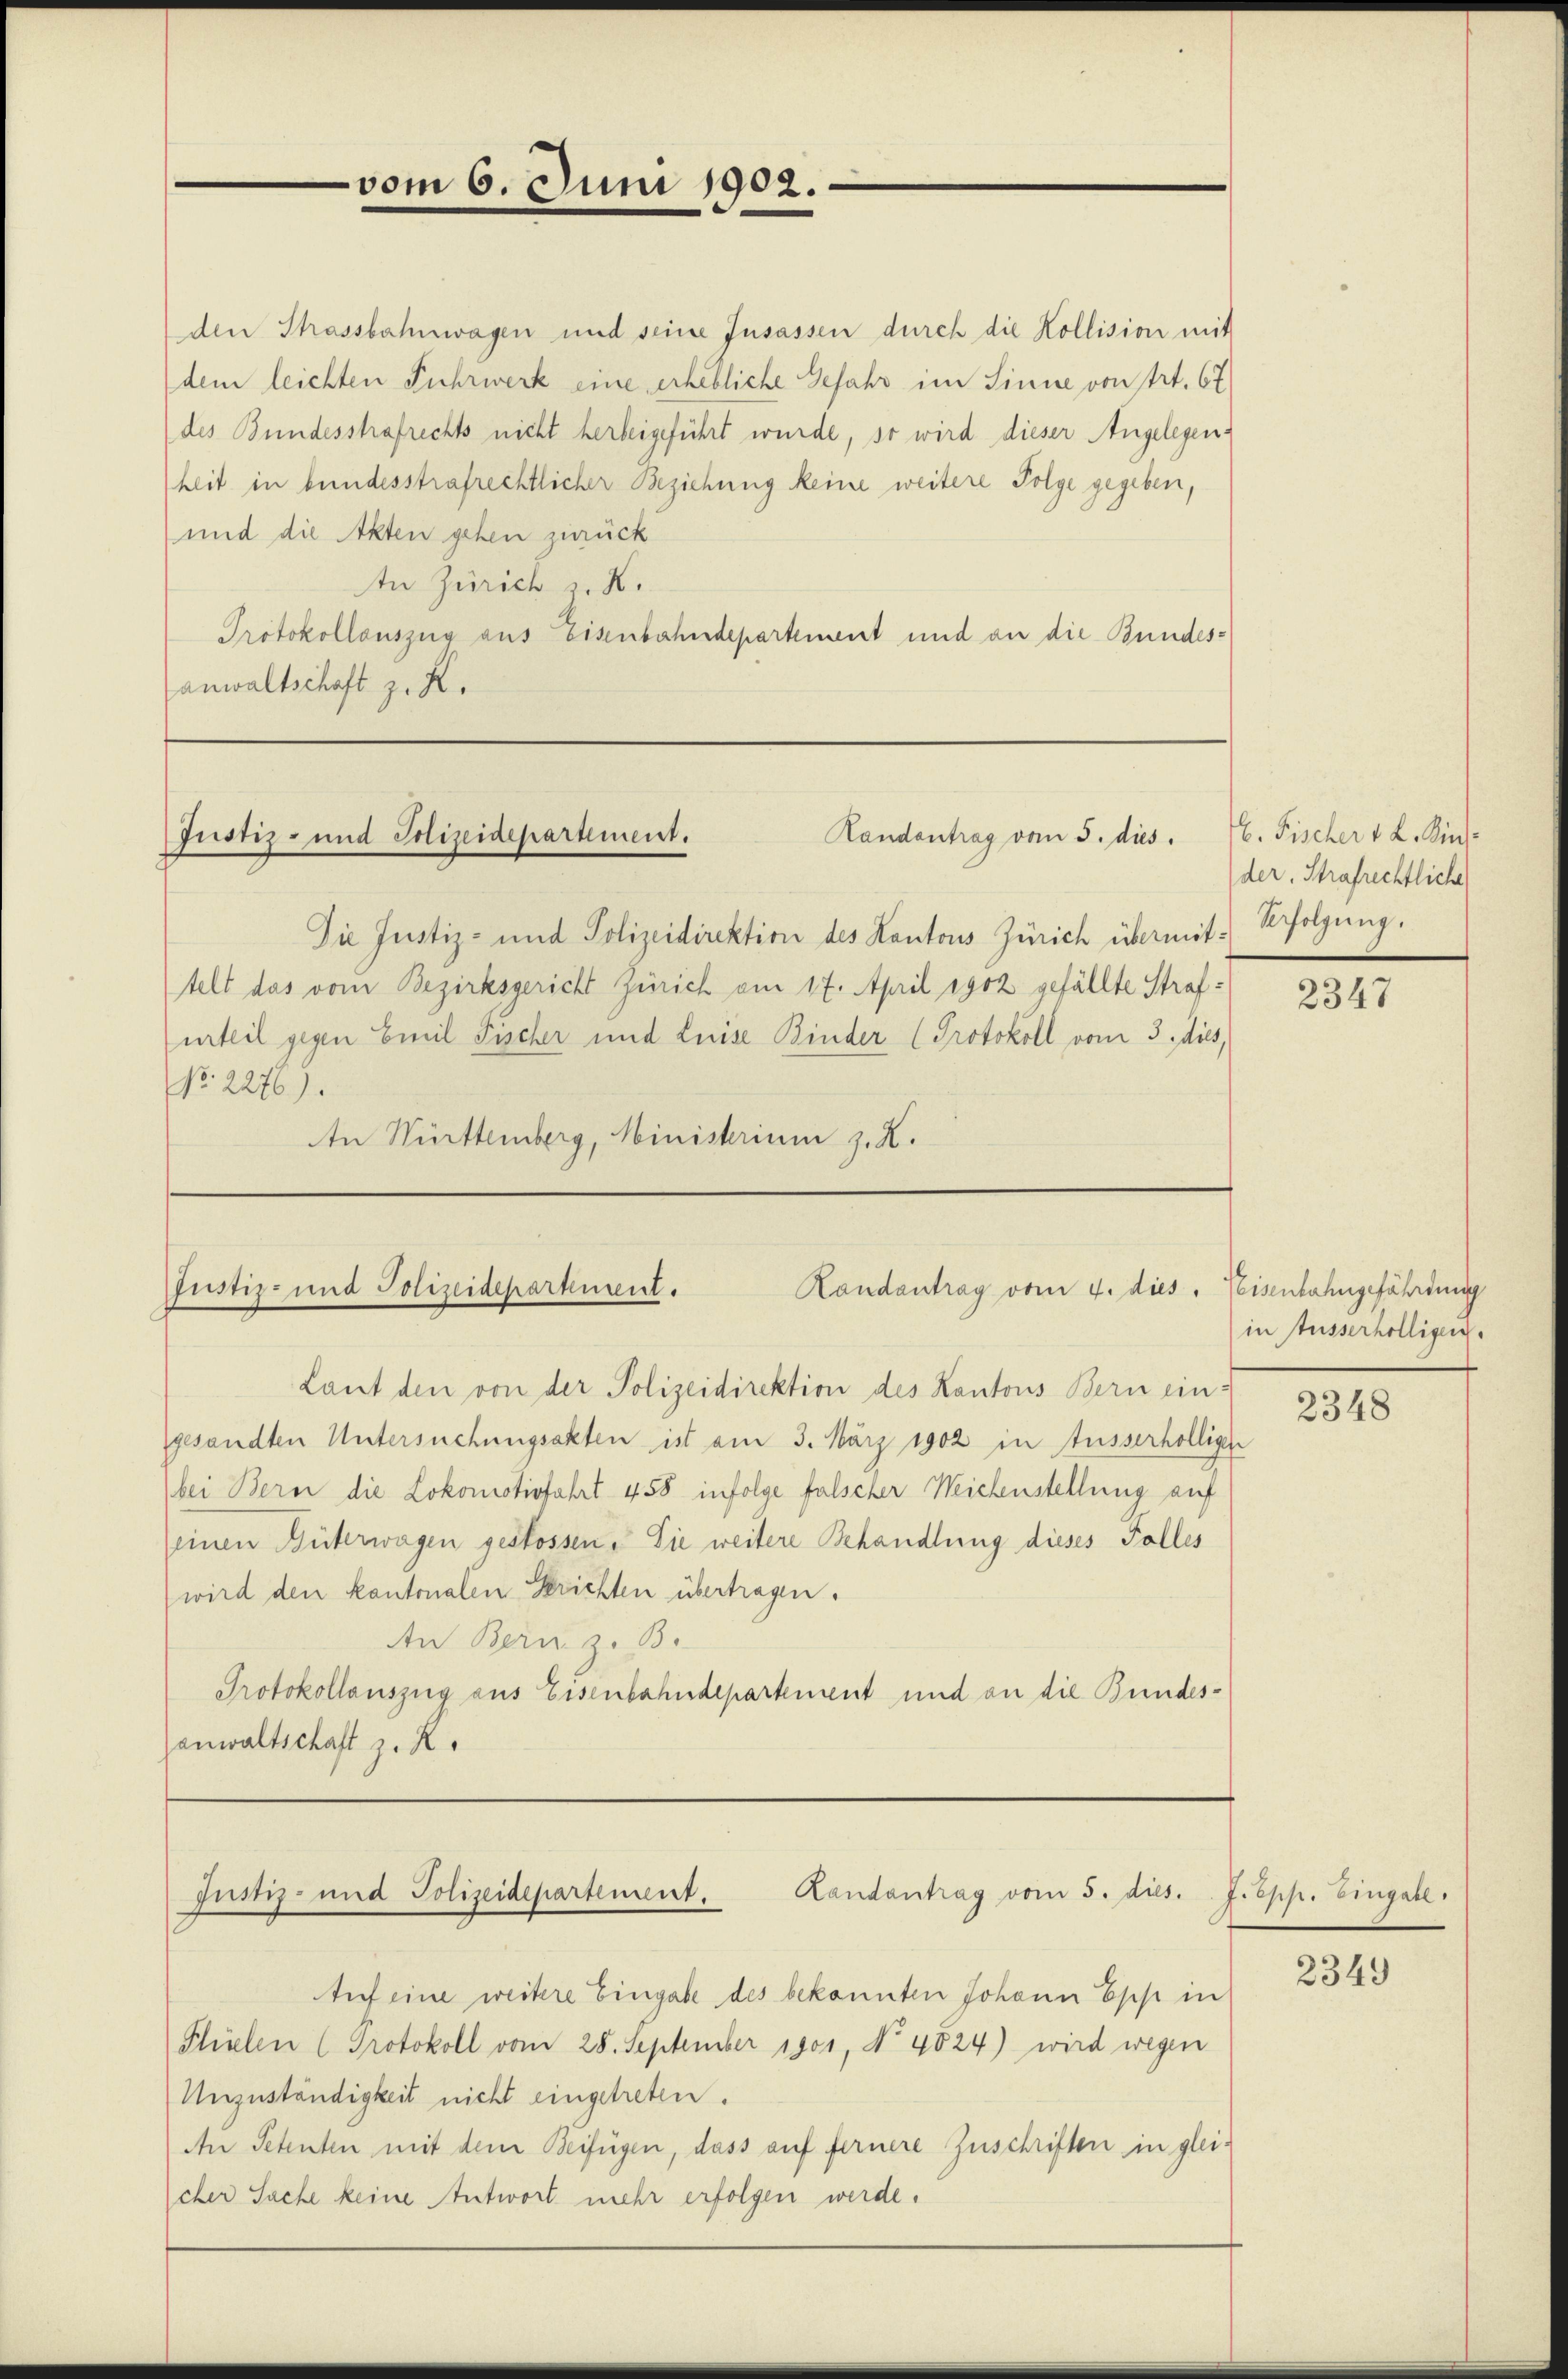
vom 6. Juni 1902.

den Strassbahnwagen und seine Insassen durch die Kollision mit
dem leichten Fuhrwerk eine erhebliche Gefahr im Sinne von Art. 67
des Bundesstrafrechts nicht herbeigeführt wurde, so wird dieser Angelegenheit in bundesstrafrechtlicher Beziehung keine weitere Folge gegeben,
und die Akten gehen zurück
In Zürich z. K.
Protokollauszug aus Eisenbahndepartement und an die Bundesanwaltschaft z. K.

Justiz- und Polizeidepartement.
Randentrag vom 5. dies.

Die Justiz- und Polizeidirektion des Kantons Zürich übermit Erfolgung.
telt das vom Bezirksgericht Zürich am 17. April 1902 gefällte Strafurteil gegen Emil Fischer und Liese Binder Protokoll vom 3. dies,
No. 2276).
In Württemberg, Ministerium z. K.

Justiz- und Polizeidepartement.
Landantrag vom 4. dies. Weisenbahngefährdung

Laut den von der Polizeidirektion des Kantons Bern ein-
gesandten Untersuchungsakten ist am 3. März 1902 in Ausserhölligen
bei Bern die Lokomotivfahrt 458 infolge falscher Weichenstellung auf
(einen Güterwagen gestossen. Sie weitere Behandlung dieses Falles
wird den kantonalen Gerichten übertragen.
An Bern z. B.
Protokollauszug aus Eisenbahndepartement und an die Bundesanwaltschaft z. R.

Landantrag vom 5. dies. J. Epp. Eingabe.
Justiz- und Polizeidepartement.

Auf eine weitere Eingabe des bekannten Johann Epp in
Phlen (Protokoll vom 28. September 1901, No 4824) wird wegen
Unzuständigkeit nicht eingetreten.
An Petenten mit dem Beifügen, dass auf fernere Zuschriften in gleicher Sache keine Antwort mehr erfolgen werde.

E. Fischer v. L. Kinder, Strafrechtliche

2347

in Ausserhölligen.

2348

2349